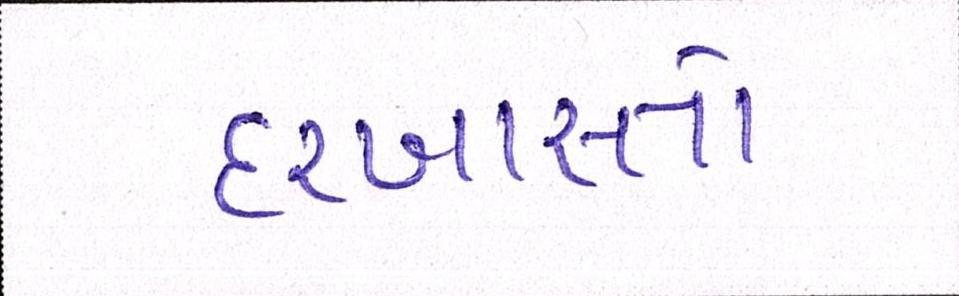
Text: દરખાસ્તો